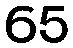
65